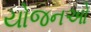
યોજનઓ